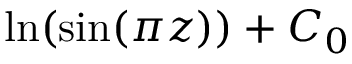
\ln ( \sin ( \pi z ) ) + C _ { 0 }